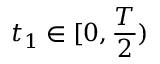
t _ { 1 } \in [ 0 , \frac { T } { 2 } )